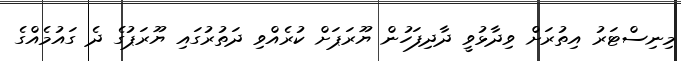
މިނިސްޓަރު އިތުރަށް ވިދާޅުވީ ދާދިފަހުން ޔޫރަޕަށް ކުރެއްވި ދަތުރުގައި ޔޫރަޕުގެ ދެ ގައުމެއްގެ